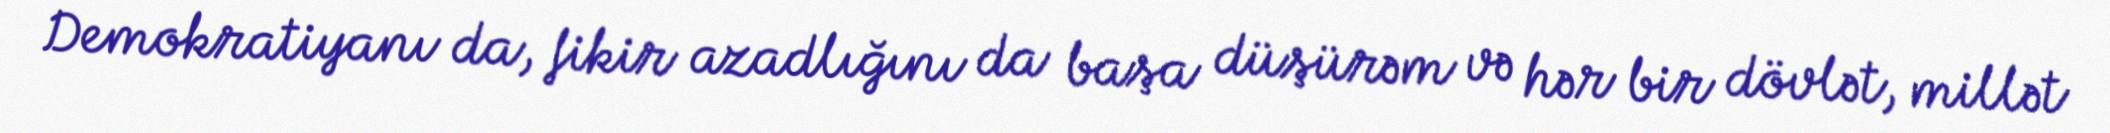
Demokratiyanı da, fikir azadlığını da başa düşürəm və hər bir dövlət, millət